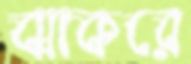
ঝাকরে